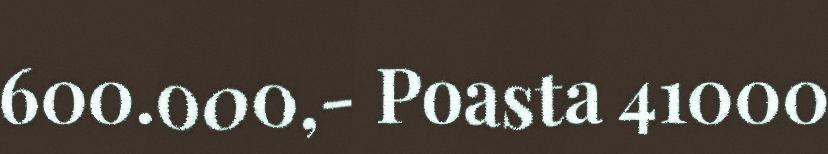
600.000,- Poasta 41000